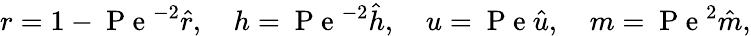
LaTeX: r=1-\mathrm{~P~e~}^{-2}\hat{r},\quad h=\mathrm{~P~e~}^{-2}\hat{h},\quad u=\mathrm{~P~e~}\hat{u},\quad m=\mathrm{~P~e~}^{2}\hat{m},